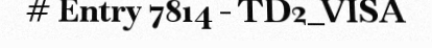
# Entry 7814 - TD2_VISA